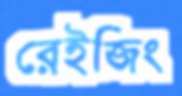
রেইজিং